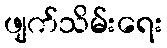
ဖျက်သိမ်းရေး